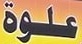
علوة